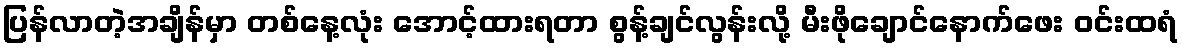
ပြန်လာတဲ့အချိန်မှာ တစ်နေ့လုံး အောင့်ထားရတာ စွန့်ချင်လွန်းလို့ မီးဖိုချောင်နောက်ဖေး ဝင်းထရံ